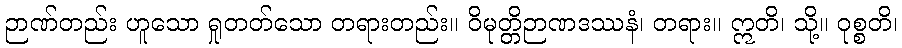
ဉာဏ်တည်း ဟူသော ရှုတတ်သော တရားတည်း။ ဝိမုတ္တိဉာဏဒဿနံ၊ တရား။ ဣတိ၊ သို့။ ဝုစ္စတိ၊